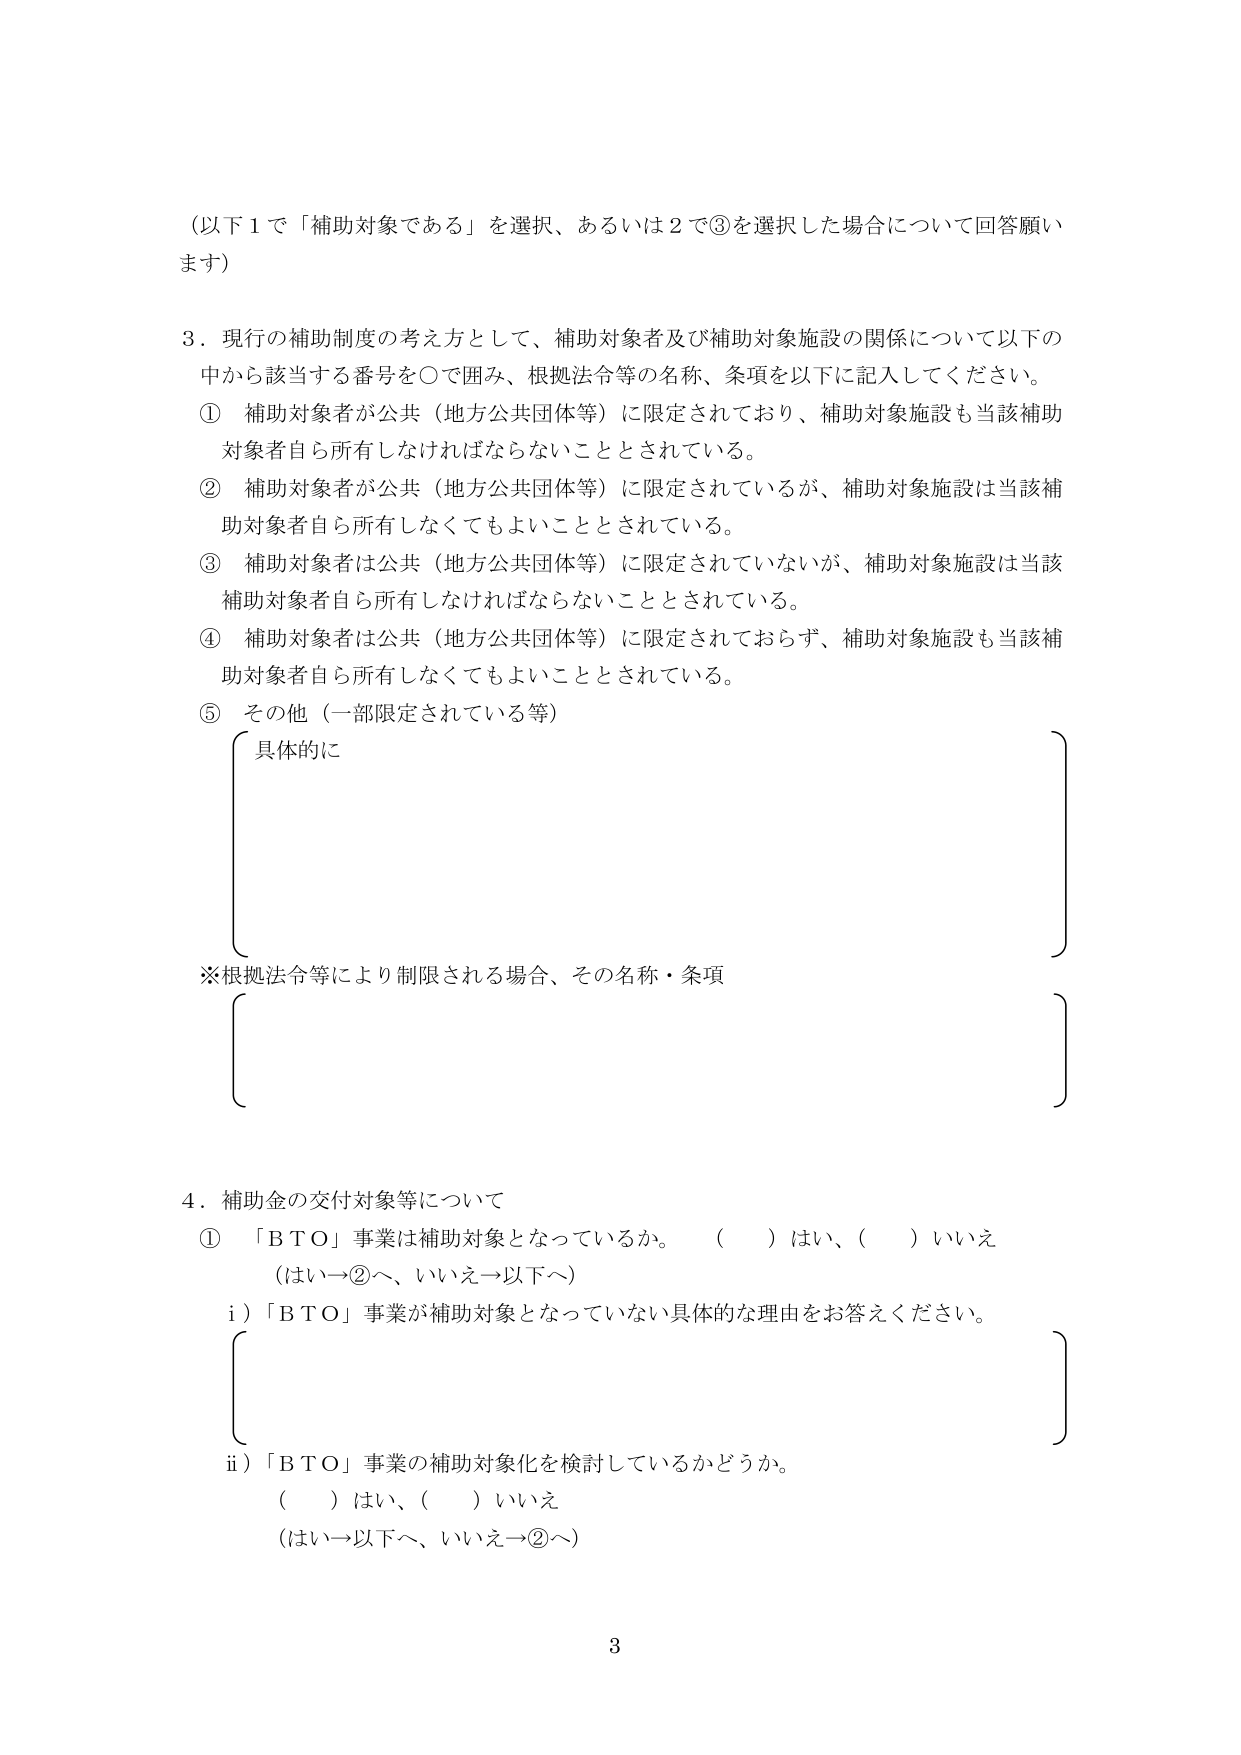
（以下１で「補助対象である」を選択、あるいは２で③を選択した場合について回答願います）

３．現行の補助制度の考え方として、補助対象者及び補助対象施設の関係について以下の
中から該当する番号を○で囲み、根拠法令等の名称、条項を以下に記入してください。
① 補助対象者が公共（地方公共団体等）に限定されており、補助対象施設も当該補助
対象者自ら所有しなければならないこととされている。
② 補助対象者が公共（地方公共団体等）に限定されているが、補助対象施設は当該補
助対象者自ら所有しなくてもよいこととされている。
③ 補助対象者は公共（地方公共団体等）に限定されていないが、補助対象施設は当該
補助対象者自ら所有しなければならないこととされている。
④ 補助対象者は公共（地方公共団体等）に限定されておらず、補助対象施設も当該補
助対象者自ら所有しなくてもよいこととされている。
⑤ その他（一部限定されている等）
　具体的に

※根拠法令等により制限される場合、その名称・条項

４．補助金の交付対象等について
① 「ＢＴＯ」事業は補助対象となっているか。　（　）はい、（　）いいえ
　（はい→②へ、いいえ→以下へ）
　i）「ＢＴＯ」事業が補助対象となっていない具体的な理由をお答えください。

　ii）「ＢＴＯ」事業の補助対象化を検討しているかどうか。
　　（　）はい、（　）いいえ
　　（はい→以下へ、いいえ→②へ）

3